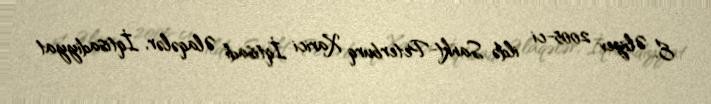
E. Əliyev 2005-ci ildə Sankt-Peterburq Xarici İqtisadi Əlaqələr, İqtisadiyyat